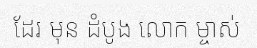
ដែរ មុន ដំបូង លោក ម្ចាស់